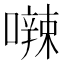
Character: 𪢘